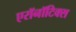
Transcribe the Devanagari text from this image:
एरॉनॉटिक्स